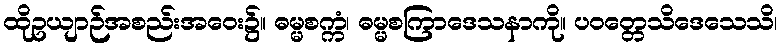
ထိုဥယျာဉ်အစည်းအဝေး၌။ ဓမ္မစက္ကံ၊ ဓမ္မစကြာဒေသနာကို။ ပဝတ္တေသိဒေသေသိ၊